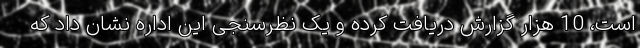
است، 10 هزار گزارش دریافت کرده و یک نظرسنجی این اداره نشان داد که